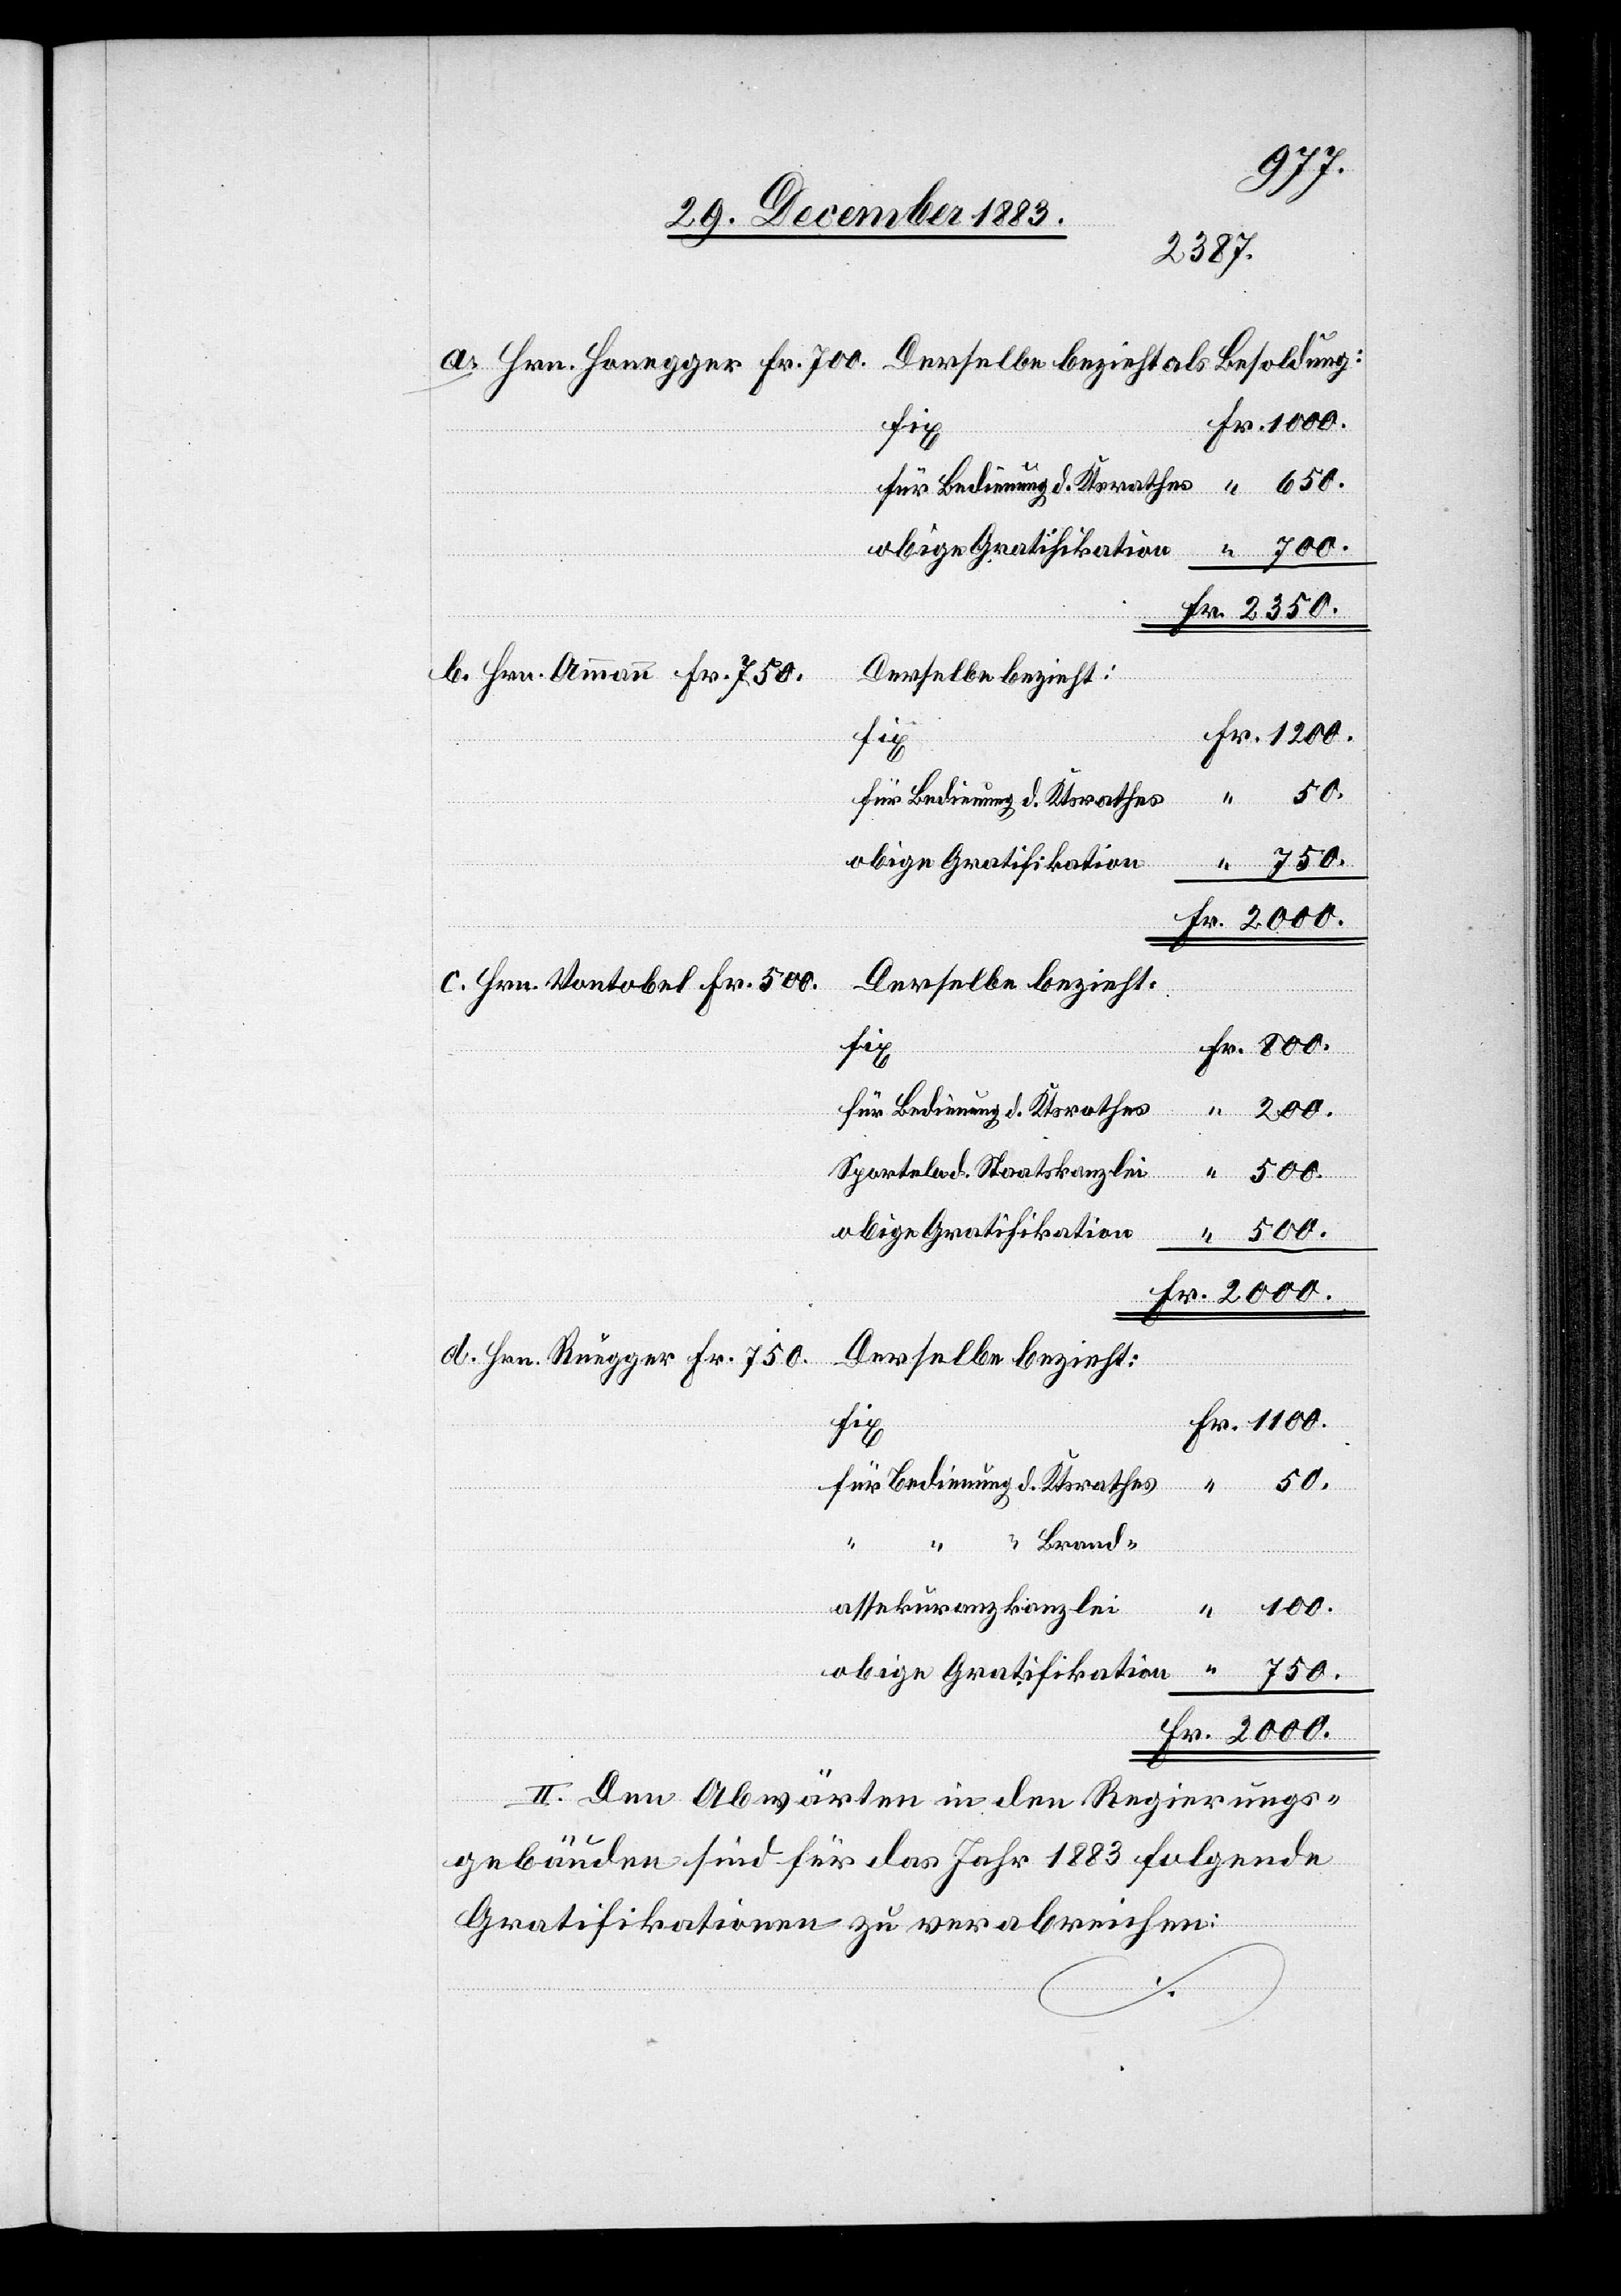
Derselbe bezieht als Besoldung:
a. Hrn. Honegger Fr. 700.
obige Gratifikation
Derselbe bezieht:
b. Hrn. Ammann Fr. 750.
Fr.
750.
c. Hrn. Vontobel Fr. 500.
fix
für Bedienung d. Ktsrathes
Sporteln d. Staatskanzlei
obige Gratifikation
2000.
d. Hrn. Ruegger Fr. 750-
Brand¬
assekuranzkanzlei
II. Den Abwärten in den Regierungs¬
gebäuden sind für das Jahr 1883 folgende
Gratifikationen zu verabreichen: